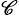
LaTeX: _\mathscr{C}